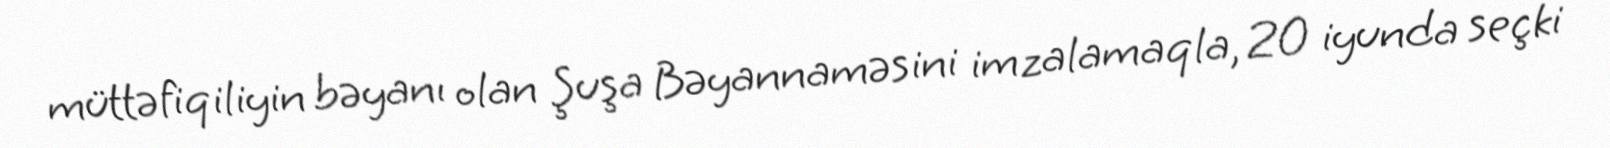
müttəfiqiliyin bəyanı olan Şuşa Bəyannaməsini imzalamaqla, 20 iyunda seçki